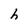
Character: h